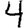
Digit: 4